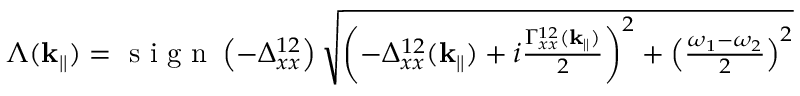
\begin{array} { r } { \Lambda ( \mathbf { k } _ { | | } ) = \textrm { s i g n } \left( - \Delta _ { x x } ^ { 1 2 } \right) \sqrt { \left( - \Delta _ { x x } ^ { 1 2 } ( \mathbf { k } _ { | | } ) + i \frac { \Gamma _ { x x } ^ { 1 2 } ( \mathbf { k } _ { | | } ) } { 2 } \right) ^ { 2 } + \left( \frac { \omega _ { 1 } - \omega _ { 2 } } { 2 } \right) ^ { 2 } } } \end{array}